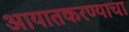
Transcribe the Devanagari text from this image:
आयातकरण्याचा